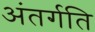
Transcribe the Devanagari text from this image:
अंतर्गति